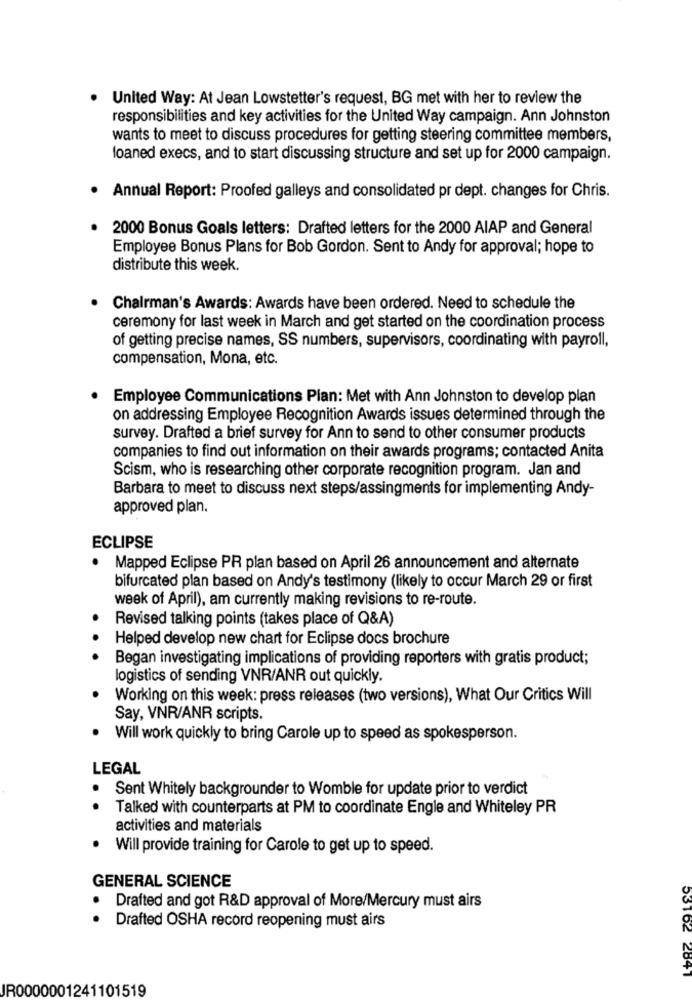
United Way: At Jean Lowstetter's request, BG met with her to review the
responsibilities and key activities for the United Way campaign. Ann Johnston
wants to meet to discuss procedures for getting steering committee members,
loaned execs, and to start discussing structure and set up for 2000 campaign.
Annual Report: Proofed galleys and consolidated pr dept. changes for Chris.
2000 Bonus Goals letters: Drafted letters for the 2000 AIAP and General
Employee Bonus Plans for Bob Gordon. Sent to Andy for approval; hope to
distribute this week.
Chairman's Awards: Awards have been ordered. Need to schedule the
ceremony for last week in March and get started on the coordination process
of getting precise names, SS numbers, supervisors, coordinating with payroll,
compensation, Mona, etc.
Employee Communications Plan: Met with Ann Johnston to develop plan
on addressing Employee Recognition Awards issues determined through the
survey. Drafted a brief survey for Ann to send to other consumer products
companies to find out information on their awards programs; contacted Anita
Scism, who is researching other corporate recognition program. Jan and
Barbara to meet to discuss next steps/assingments for implementing Andy-
approved plan.
ECLIPSE
Mapped Eclipse PR plan based on April 26 announcement and alternate
bifurcated plan based on Andy's testimony (likely to occur March 29 or first
week of April), am currently making revisions to re-route.
Revised talking points (takes place of Q&A)
Helped develop new chart for Eclipse docs brochure
. ..
Began investigating implications of providing reporters with gratis product;
logistics of sending VNR/ANR out quickly.
Working on this week: press releases (two versions), What Our Critics Will
Say, VNR/ANR scripts.
Will work quickly to bring Carole up to speed as spokesperson.
LEGAL
.
Sent Whitely backgrounder to Womble for update prior to verdict
Talked with counterparts at PM to coordinate Engle and Whiteley PR
activities and materials
Will provide training for Carole to get up to speed.
GENERAL SCIENCE
.
Drafted and got R&D approval of More/Mercury must airs
Drafted OSHA record reopening must airs
53162 2841
JR0000001241101519